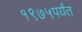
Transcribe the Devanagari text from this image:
१९७५पर्यंत